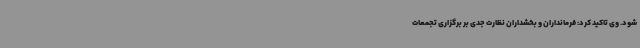
شود. وی تاکید کرد: فرمانداران و بخشداران نظارت جدی بر برگزاری تجمعات